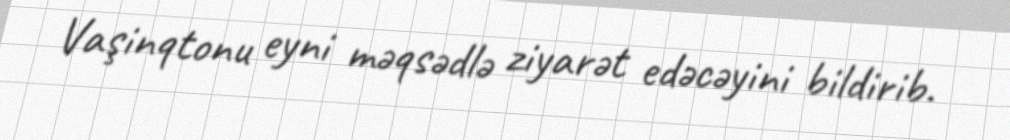
Vaşinqtonu eyni məqsədlə ziyarət edəcəyini bildirib.